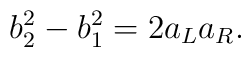
b^2_2 - b^2_1 = 2 a_L a_R.